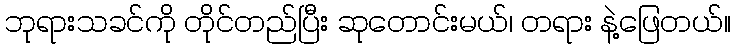
ဘုရားသခင်ကို တိုင်တည်ပြီး ဆုတောင်းမယ်၊ တရား နဲ့ဖြေတယ်။